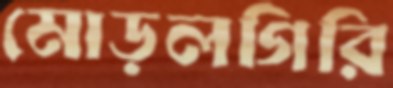
মোড়লগিরি